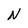
Character: N